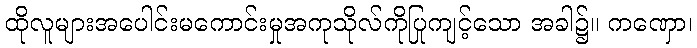
ထိုလူများအပေါင်းမကောင်းမှုအကုသိုလ်ကိုပြုကျင့်သော အခါ၌။ ကဏှော၊